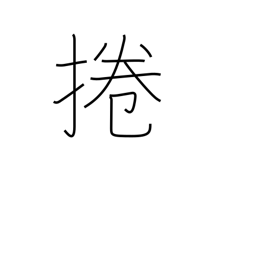
Meaning: roll